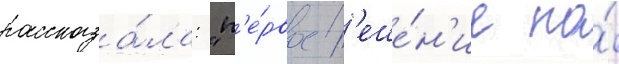
рассказа́ла: "п'е́рвое р'еше́н'ие по́